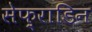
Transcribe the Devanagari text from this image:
सेफ़्राडिन